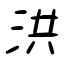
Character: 洪